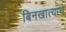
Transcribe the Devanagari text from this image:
बिनखात्याचे